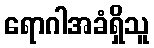
ရောဂါအခံရှိသူ